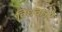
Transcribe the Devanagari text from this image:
विधवाओ